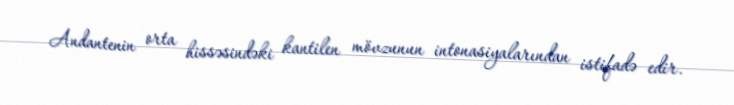
Andantenin orta hissəsindəki kantilen mövzunun intonasiyalarından istifadə edir.